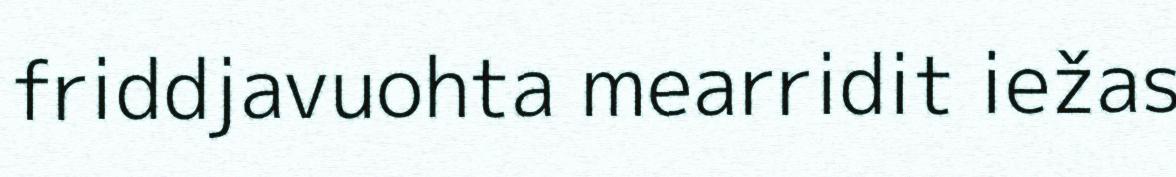
friddjavuohta mearridit iežas